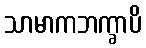
သာမာကဘက္ခာပိ